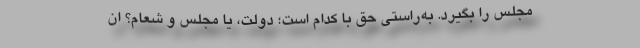
مجلس را بگیرد. به‌راستی حق با کدام است؛ دولت، یا مجلس و شعام؟ ‌ان